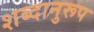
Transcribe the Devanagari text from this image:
शब्दानुरूप